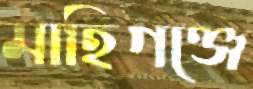
মাহিগঞ্জে